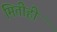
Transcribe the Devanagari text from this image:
मितीही